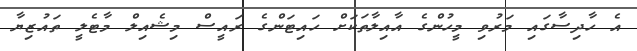
އެ ހާދިސާގައި މަރުވި މީހުންގެ އާއިލާތަކަށް ހައިޓަންގެ ރައީސް މިޝެއިލް މާޓެލީ ތައުޒިޔާ